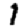
Digit: 1